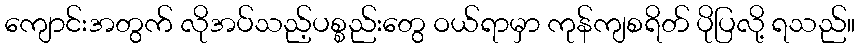
ကျောင်းအတွက် လိုအပ်သည့်ပစ္စည်းတွေ ဝယ်ရာမှာ ကုန်ကျစရိတ် ပိုပြလို့ ရသည်။